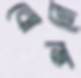
বোলনে